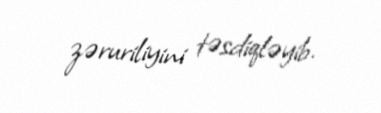
zəruriliyini təsdiqləyib.